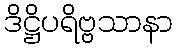
ဒိဋ္ဌိပရိဗ္ဗသာနာ